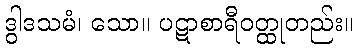
ဒွါဒသမံ၊ သော။ ပဋာစာရီဝတ္ထုတည်း။